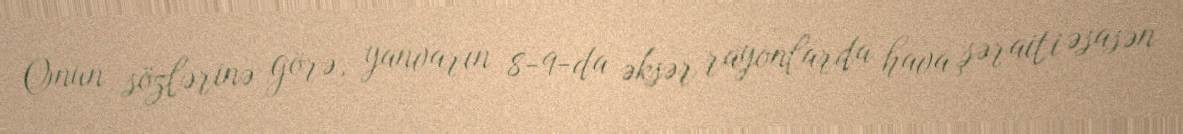
Onun sözlərinə görə, yanvarın 8-9-da əksər rayonlarda hava şəraiti əsasən